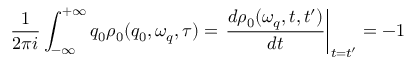
\frac { 1 } { 2 \pi i } \int _ { - \infty } ^ { + \infty } q _ { 0 } \rho _ { 0 } ( q _ { 0 } , \omega _ { q } , \tau ) = \left. \frac { d \rho _ { 0 } ( \omega _ { q } , t , t ^ { \prime } ) } { d t } \right\vert _ { t = t ^ { \prime } } = - 1